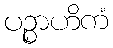
ပဉ္စာဟိကံ